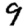
Digit: 9